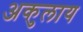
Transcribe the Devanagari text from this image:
अकुलाय